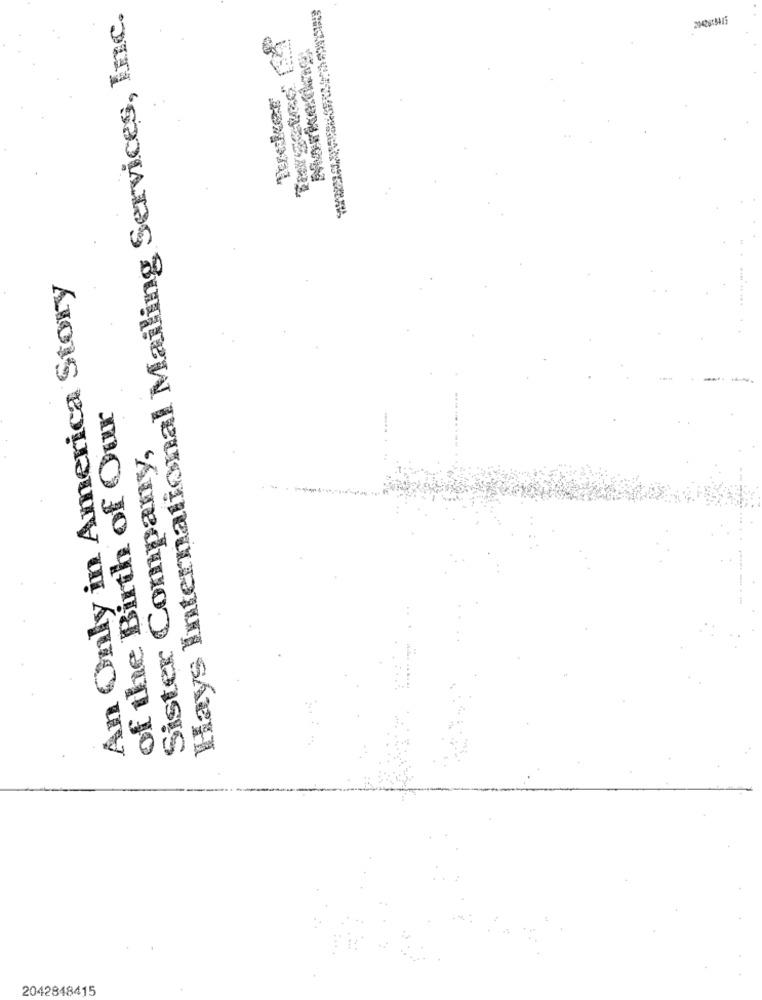
Hays International Mailing Services, Inc.
An Only in America Story
of the Birth of Our
Sister Company,
2042848415